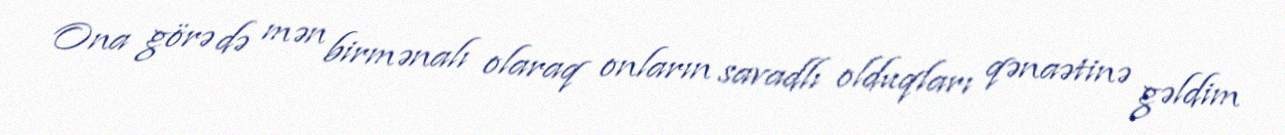
Ona görə də mən birmənalı olaraq onların savadlı olduqları qənaətinə gəldim